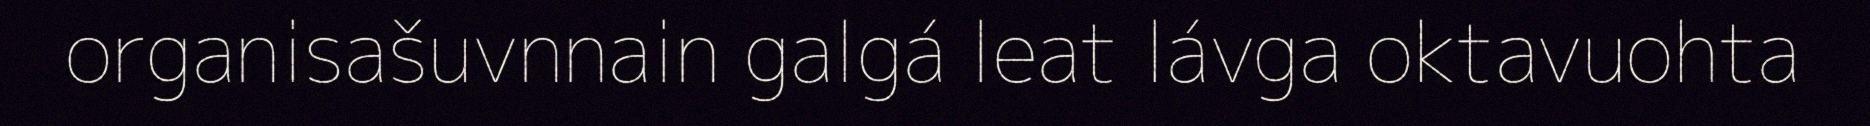
organisašuvnnain galgá leat lávga oktavuohta